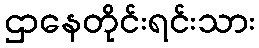
ဌာနေတိုင်းရင်းသား